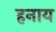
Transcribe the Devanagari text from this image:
हनाय